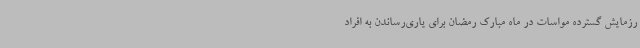
رزمایش گسترده مواسات در ماه مبارک رمضان برای یاری‌رساندن به افراد